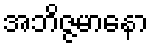
အဘိဇ္ဇမာနော